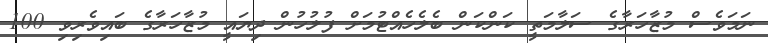
ނަމަވެސް މުޒާހަރާގެ ސަލާމަތީ ކަންކަން ބެލެހެއްޓުމަށް ފުލުހުން ދިޔައީ މުޒާހަރާގެ ބައިވެރިވި 100